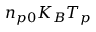
n _ { p 0 } K _ { B } T _ { p }